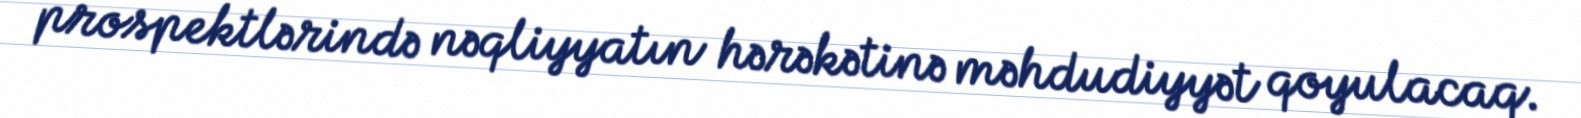
prospektlərində nəqliyyatın hərəkətinə məhdudiyyət qoyulacaq.